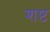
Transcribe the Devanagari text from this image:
शष्ट